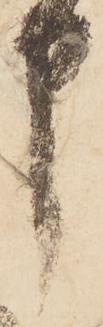
申